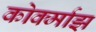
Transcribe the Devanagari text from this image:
कोर्क्माझ